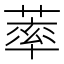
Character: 䔞